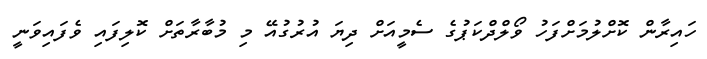
ހައިރާން ކޮށްލުމަށްފަހު ވޯލްދްކަޕުގެ ސެމީއަށް ދިޔަ އުރުގުއޭ މި މުބާރާތަށް ކޮލިފައި ވެފައިވަނީ